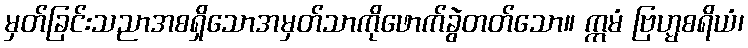
မှတ်ခြင်းသညာအစရှိသောအမှတ်သာကိုဖောက်ခွဲတတ်သော။ ဣမံ ဗြဟ္မစရိယံ၊